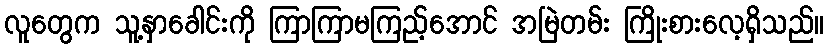
လူတွေက သူ့နှာခေါင်းကို ကြာကြာမကြည့်အောင် အမြဲတမ်း ကြိုးစားလေ့ရှိသည်။